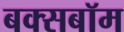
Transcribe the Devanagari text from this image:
बक्सबॉम